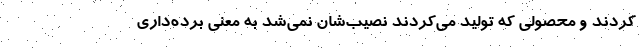
‌کردند و محصولی که تولید می‌کردند نصیب‌شان نمی‌شد به معنی برده‌داری